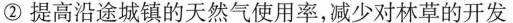
②提高沿途城镇的天然气使用率，减少对林草的开发